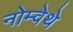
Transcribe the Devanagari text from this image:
नोम्वेथे